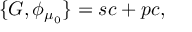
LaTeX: \{ G , \phi _ { \mu _ { 0 } } \} = s c + p c ,